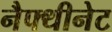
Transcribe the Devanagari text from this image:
नैफ्थीनेट